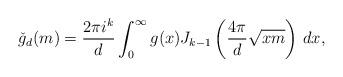
LaTeX: \begin{align*}\check{g}_d(m) = \frac{2\pi i^{k}}{d} \int_{0}^{\infty} g(x) J_{k-1}\left(\frac{4\pi}{d}\sqrt{xm}\right) \, dx,\end{align*}